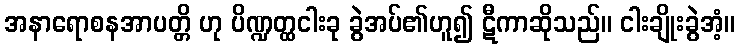
အနာရောစနအာပတ္တိ ဟု ပိဏ္ဍတ္ထငါးခု ခွဲအပ်၏ဟူ၍ ဋီကာဆိုသည်။ ငါးချိုးခွဲအံ့။